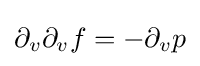
\partial _{v}\partial _{v}f=-\partial _{v}p